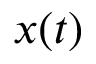
x ( t )